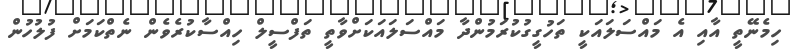
ހިމެނޭތީ އާއި އެ މައްސަލައަކީ ތަހުގީގުކުރަމުންދާ މައްސަލައަކަށްވާތީ ތަފްސީލް ހިއްސާކުރެވެން ނެތްކަމަށް ފުލުހުން